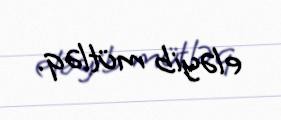
eləyib mütləq.